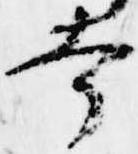
幸